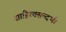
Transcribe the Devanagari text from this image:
साहित्यसन्दर्भ।